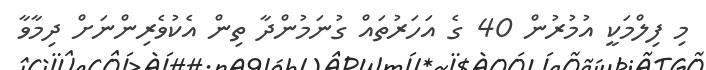
މި ފިލްމަކީ އުމުރުން 40 ގެ އަހަރުތައް ގުނަމުންދާ ތިން އެކުވެރިންނަށް ދިމާވާ